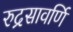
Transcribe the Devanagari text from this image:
रुद्रसावर्णि